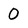
Character: 0